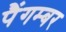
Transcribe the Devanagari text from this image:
पैंगम्‍बर